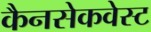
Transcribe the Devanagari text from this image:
कैनसेकवेस्ट